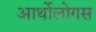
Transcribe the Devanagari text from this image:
आर्थोलोगस